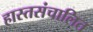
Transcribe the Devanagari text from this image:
हास्तसंचालित